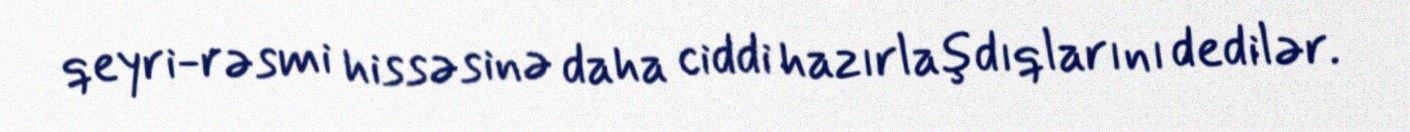
qeyri-rəsmi hissəsinə daha ciddi hazırlaşdıqlarını dedilər.